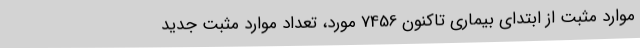
موارد مثبت از ابتدای بیماری تاکنون 7456 مورد، تعداد موارد مثبت جدید